Report of the Bombay Plague Committee
Disease focus: Plague
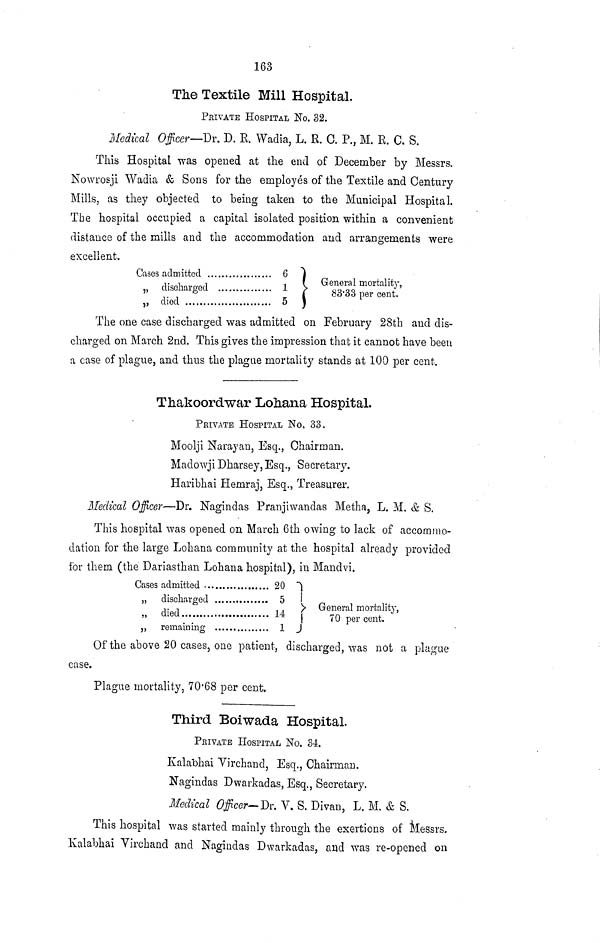
163
The Textile Mill Hospital.
PRIVATE HOSPITAL No. 32.
Medical Officer—Dr. D. R. Wadia, L. R. C. P., M. B. C. S,
This Hospital was opened at the end of December by Messrs.
Nowrosji Wadia & Sons for the employés of the Textile and Century
Mills, as they objected to being taken to the Municipal Hospital.
The hospital occupied a capital isolated position within a convenient
distance of the mills and the accommodation and arrangements were
excellent.
Cases admitted
6
„
„
discharged
1
died
5 }
/"•<
1
L 1 'L
General mortality,
83·33 per cent.
The one case discharged was admitted on February 28th and dis-
charged on March 2nd. This gives the impression that it cannot have been
a case of plague, and thus the plague mortality stands at 100 per cent.
Thakoordwar Lohana Hospital.
PRIVATE HOSPITAL No, 33.
Moolji Narayan, Esq., Chairman.
Madowji Dharsey, Esq., Secretary.
Haribhai Hemraj, Esq., Treasurer.
Medical Officer—Dr. Nagindas Pranjiwandas Metha, L. M. & S.
This hospital was opened on March 6th owing to lack of accommo-
dation for the large Lohana community at the hospital already provided
for them (the Dariasthan Lohana hospital), in Mandvi.
Cases admitted
20
„
„
„
discharged
5
died
14
remaining
1
70 per cent.
Of the above 20 cases, one patient, discharged, was not a plague
case.
Plague mortality, 70·68 per cent.
Third Boiwada Hospital.
PRIVATE HOSPITAL No. 34.
Kalabhai Virchand, Esq., Chairman.
Nagindas Dwarkadas, Esq., Secretary.
Medical Officer-Dr. V. S. Divan, L. M. & S.
This hospital was started mainly through the exertions of Messrs.
Kalabhai Virchand and Nagindas Dwarkadas, and was re-opened on